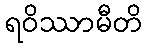
ရဝိဿာမီတိ